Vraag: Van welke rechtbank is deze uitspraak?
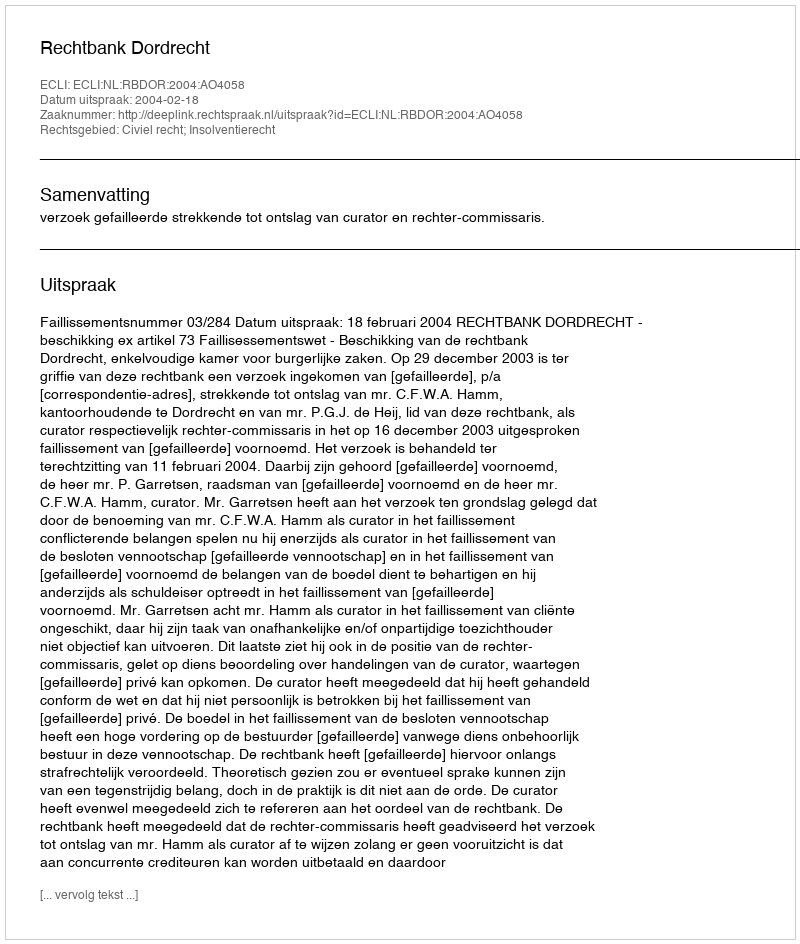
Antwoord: Rechtbank Dordrecht